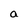
Character: a